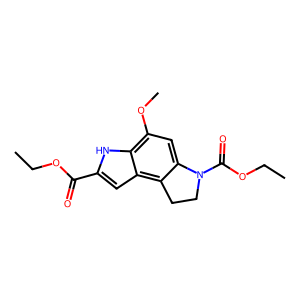
SMILES: CCOC(=O)c1cc2c3c(cc(OC)c2[nH]1)N(C(=O)OCC)CC3
Inhibits HIV replication: No